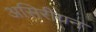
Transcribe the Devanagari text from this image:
असिरीयन